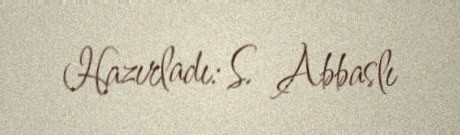
Hazırladı: S. Abbaslı